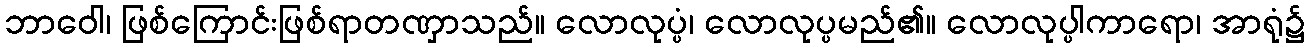
ဘာဝေါ၊ ဖြစ်ကြောင်းဖြစ်ရာတဏှာသည်။ လောလုပ္ပံ၊ လောလုပ္ပမည်၏။ လောလုပ္ပါကာရော၊ အာရုံ၌